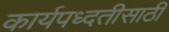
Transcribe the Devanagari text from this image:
कार्यपध्दतीसाठी